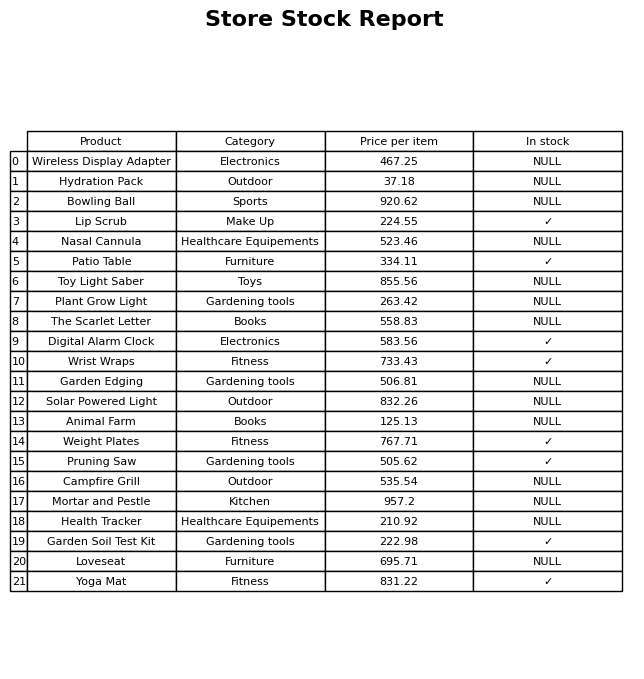
question: What is the price for Yoga Mat?
answer: The price of Yoga Mat is 831.22.